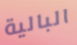
البالية